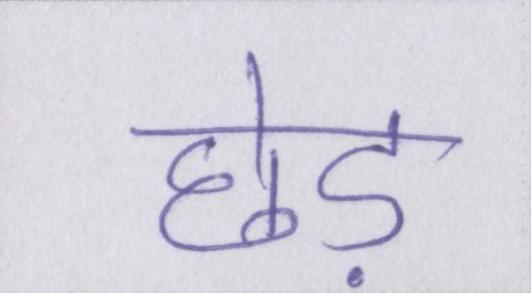
छेड़